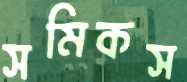
সমিকস